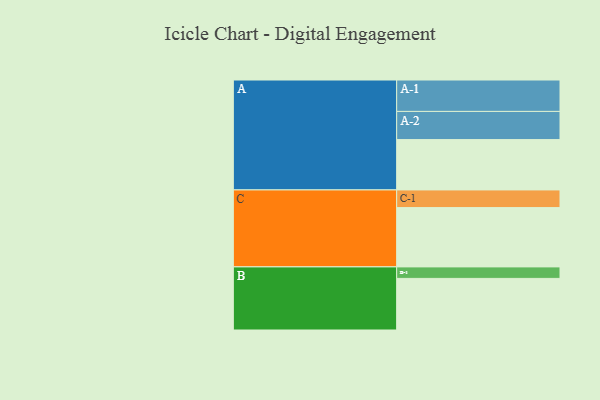
{"axis": {"x": "Segment", "y": "Value"}, "legend": ["", "A", "B", "C"], "data": [{"x": "A", "y": 359, "type": ""}, {"x": "B", "y": 368, "type": ""}, {"x": "C", "y": 423, "type": ""}, {"x": "A-1", "y": 224, "type": "A"}, {"x": "A-2", "y": 201, "type": "A"}, {"x": "B-1", "y": 82, "type": "B"}, {"x": "C-1", "y": 126, "type": "C"}]}